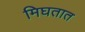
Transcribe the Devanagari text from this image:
मिघतात